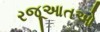
રજૂઆતઓ